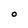
Character: O